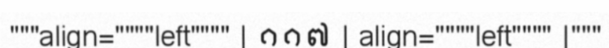
"""align=""""left"""" | ១១៧ | align=""""left"""" |"""